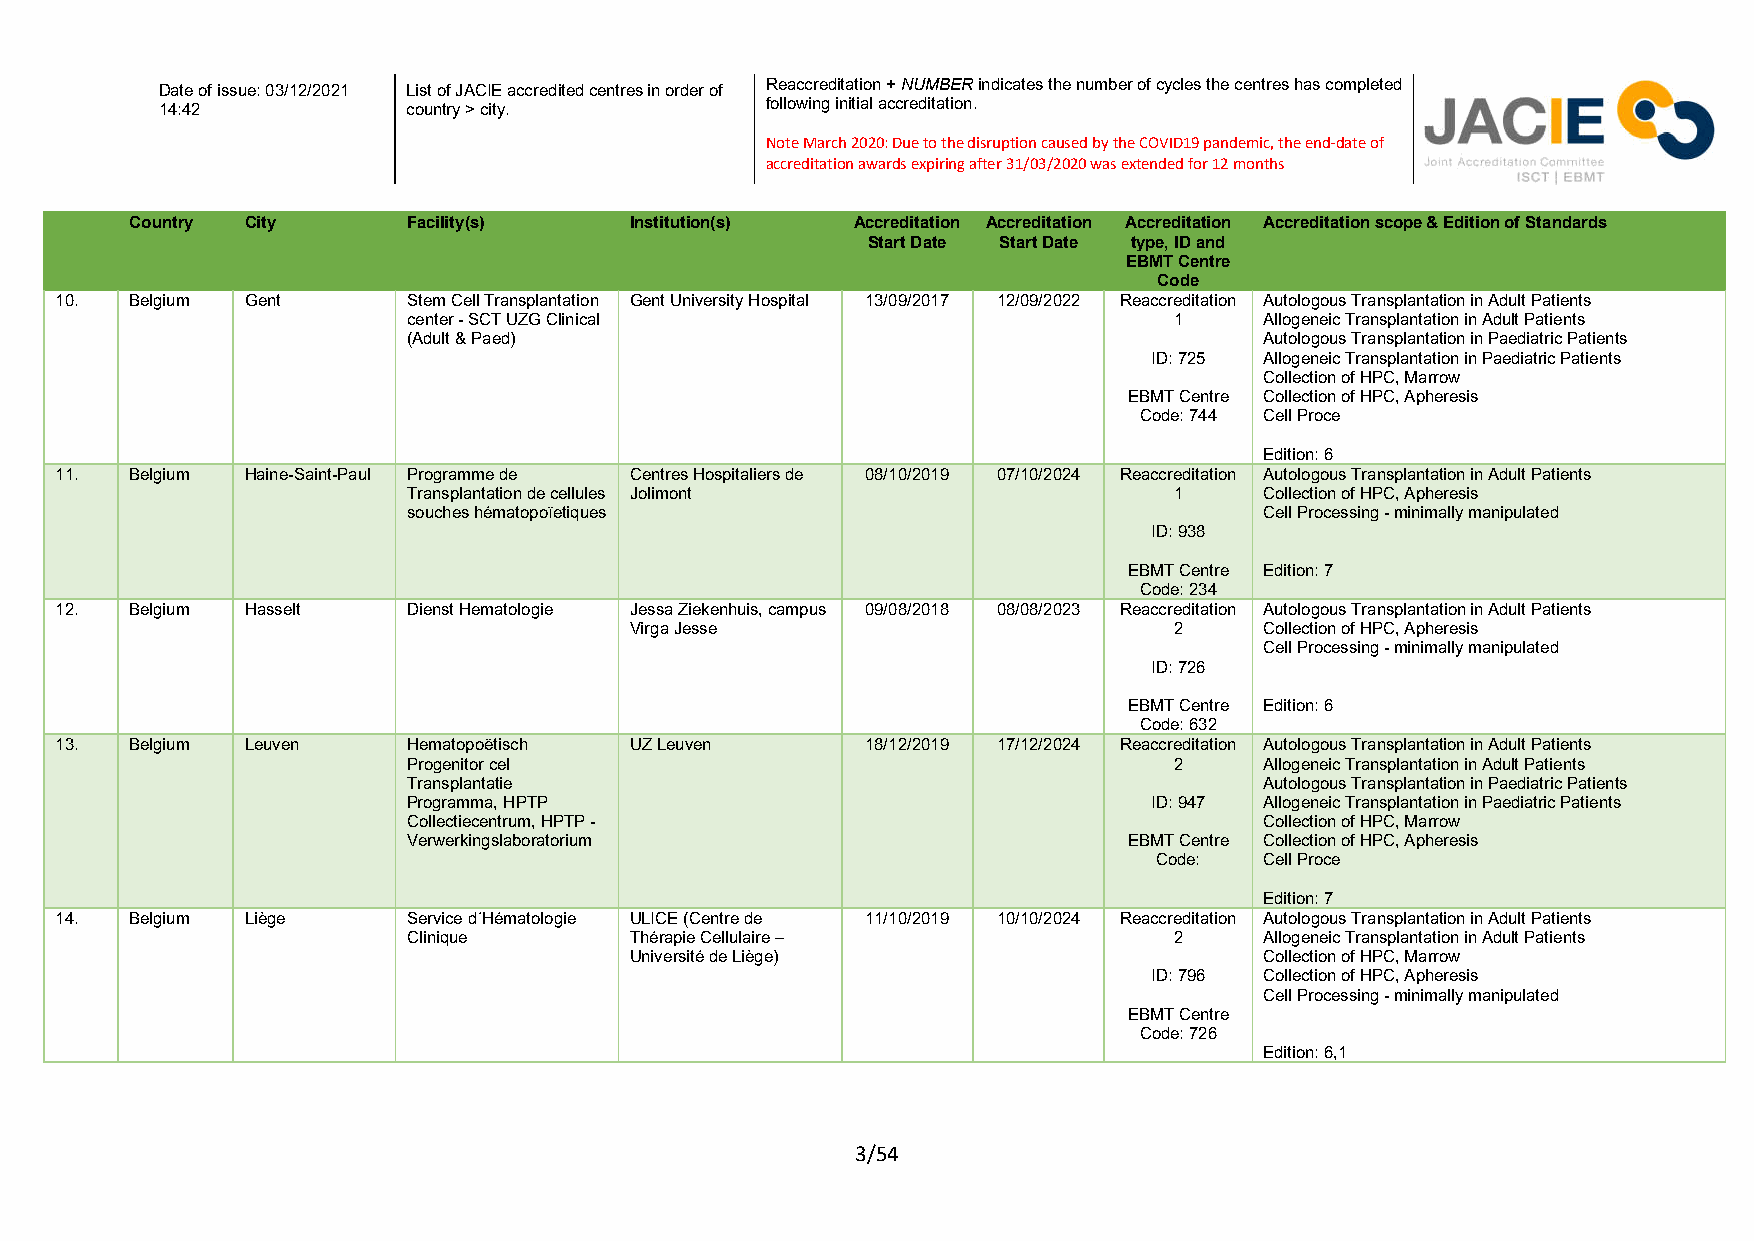
Reaccreditation + NUMBER indicates the number of cycles the centres has completed
 Date of issue: 03/12/2021 List of JACIE accredited centres in order of
 following initial accreditation.
 14:42           country > city.
 Note March 2020: Due to the disruption caused by the COVID19 pandemic, the end-date of
 accreditation awards expiring after 31/03/2020 was extended for 12 months
 Country City      Facility(s)    Institution(s) Accreditation Accreditation Accreditation Accreditation scope & Edition of Standards
 Start Date Start Date type, ID and
 EBMT Centre
 Code
 10.  Belgium Gent      Stem Cell Transplantation Gent University Hospital 13/09/2017 12/09/2022 Reaccreditation Autologous Transplantation in Adult Patients
 center - SCT UZG Clinical                          1     Allogeneic Transplantation in Adult Patients
 (Adult & Paed)                                           Autologous Transplantation in Paediatric Patients
 ID: 725 Allogeneic Transplantation in Paediatric Patients
 Collection of HPC, Marrow
 EBMT Centre Collection of HPC, Apheresis
 Code: 744 Cell Proce
 Edition: 6
 11.  Belgium Haine-Saint-Paul Programme de Centres Hospitaliers de 08/10/2019 07/10/2024 Reaccreditation Autologous Transplantation in Adult Patients
 Transplantation de cellules Jolimont               1     Collection of HPC, Apheresis
 souches hématopoïetiques                                 Cell Processing - minimally manipulated
 ID: 938
 EBMT Centre Edition: 7
 Code: 234
 12.  Belgium Hasselt   Dienst Hematologie Jessa Ziekenhuis, campus 09/08/2018 08/08/2023 Reaccreditation Autologous Transplantation in Adult Patients
 Virga Jesse                         2     Collection of HPC, Apheresis
 Cell Processing - minimally manipulated
 ID: 726
 EBMT Centre Edition: 6
 Code: 632
 13.  Belgium Leuven    Hematopoëtisch UZ Leuven      18/12/2019 17/12/2024 Reaccreditation Autologous Transplantation in Adult Patients
 Progenitor cel                                     2     Allogeneic Transplantation in Adult Patients
 Transplantatie                                           Autologous Transplantation in Paediatric Patients
 Programma, HPTP                                  ID: 947 Allogeneic Transplantation in Paediatric Patients
 Collectiecentrum, HPTP -                                 Collection of HPC, Marrow
 Verwerkingslaboratorium                         EBMT Centre Collection of HPC, Apheresis
 Code:  Cell Proce
 Edition: 7
 14.  Belgium Liège     Service d´Hématologie ULICE (Centre de 11/10/2019 10/10/2024 Reaccreditation Autologous Transplantation in Adult Patients
 Clinique       Thérapie Cellulaire –               2     Allogeneic Transplantation in Adult Patients
 Université de Liège)                      Collection of HPC, Marrow
 ID: 796 Collection of HPC, Apheresis
 Cell Processing - minimally manipulated
 EBMT Centre
 Code: 726
 Edition: 6,1
 3/54